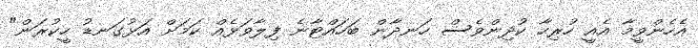
އެހެންވީމާ އެއީ ހުރިހާ ކުދިންވެސް ހަނދާން ބަހައްޓާނެ ފިލާވަޅެއް ކަމަށް އަޅުގަނޑު ހީކުރަން"